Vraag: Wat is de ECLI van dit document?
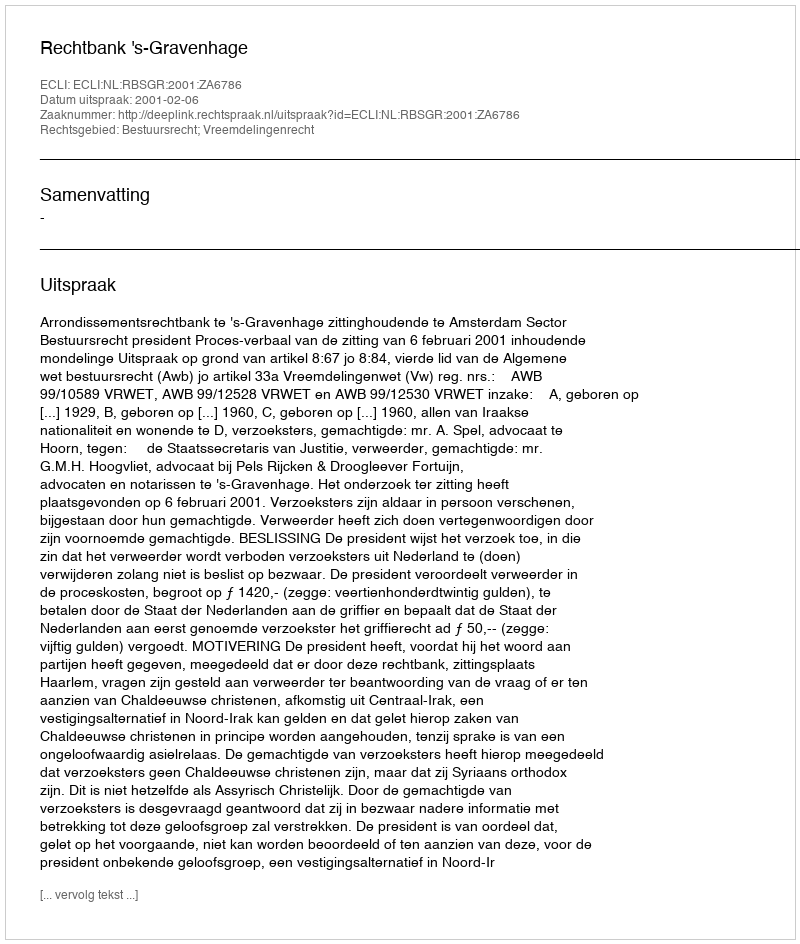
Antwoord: ECLI:NL:RBSGR:2001:ZA6786